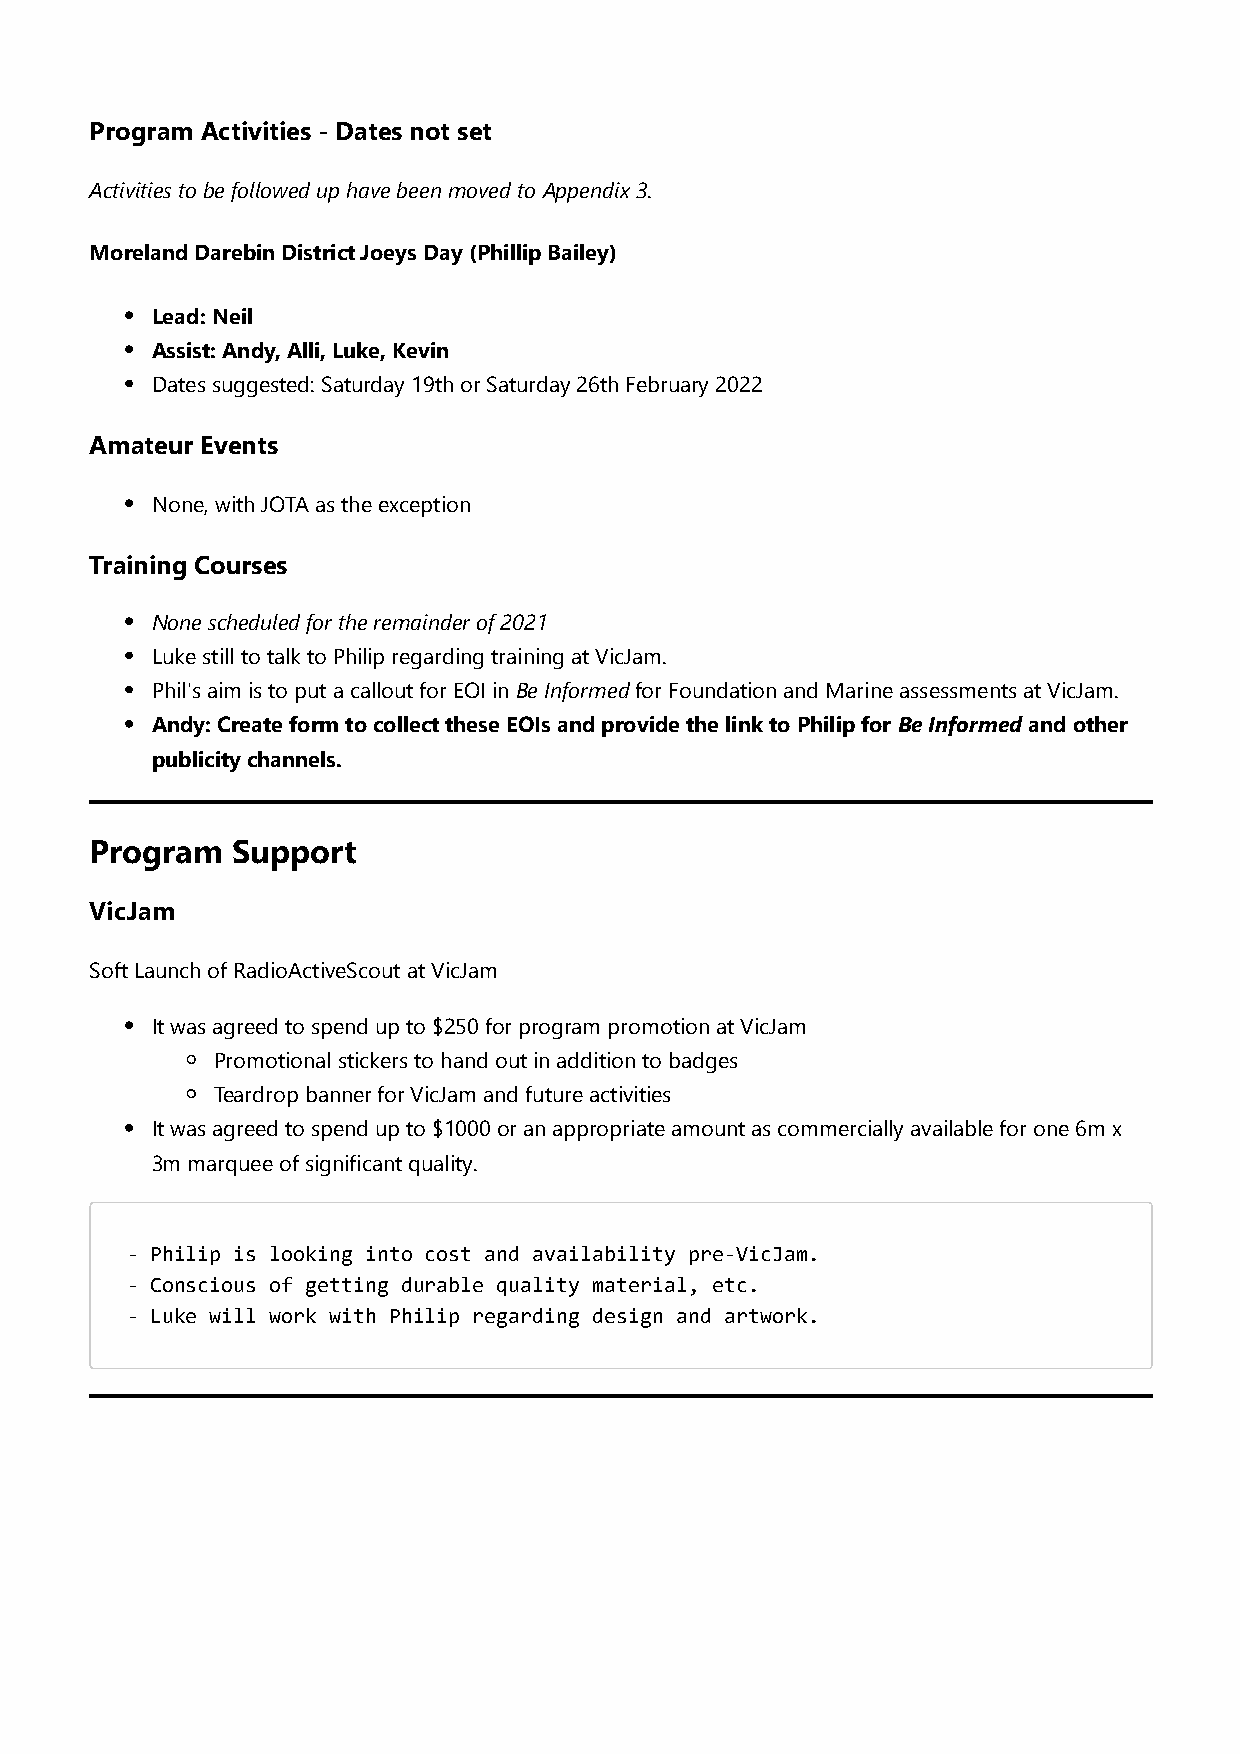
Program Activities - Dates not set
 Activities to be followed up have been moved to Appendix 3.
 Moreland Darebin District Joeys Day (Phillip Bailey)
 Lead: Neil
 Assist: Andy, Alli, Luke, Kevin
 Dates suggested: Saturday 19th or Saturday 26th February 2022
 Amateur Events
 None, with JOTA as the exception
 Training Courses
 None scheduled for the remainder of 2021
 Luke still to talk to Philip regarding training at VicJam.
 Phil's aim is to put a callout for EOI in Be Informed for Foundation and Marine assessments at VicJam.
 Andy: Create form to collect these EOIs and provide the link to Philip for Be Informed and other
 publicity channels.
 Program  Support
 VicJam
 Soft Launch of RadioActiveScout at VicJam
 It was agreed to spend up to $250 for program promotion at VicJam
 Promotional stickers to hand out in addition to badges
 Teardrop banner for VicJam and future activities
 It was agreed to spend up to $1000 or an appropriate amount as commercially available for one 6m x
 3m marquee of significant quality.
 - Philip is looking into cost and availability pre-VicJam.
 - Conscious of getting durable quality material, etc.
 - Luke will work with Philip regarding design and artwork.